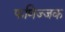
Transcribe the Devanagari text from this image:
फणिज्जक